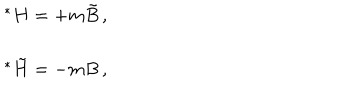
LaTeX: \begin{array} { r c l } { { } } & { { } } & { { { } ^ { * } H = + m \tilde { B } \, , } } \\ { { } } & { { } } & { { } } \\ { { } } & { { } } & { { { } ^ { * } \tilde { H } = - m B \, , } } \\ \end{array}